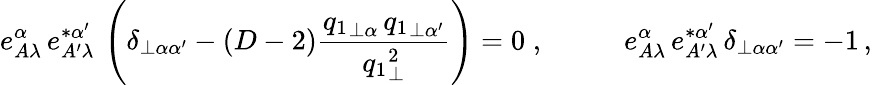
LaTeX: e_{A\lambda}^{\alpha}\, e_{A^{\prime}\lambda}^{*\alpha^{\prime}}\, \left(\delta_{\perp\alpha\alpha^{\prime}}-(D-2)\frac{{q_{1}}_{\perp\alpha}\, {q_{1}}_{\perp\alpha^{\prime}}}{{q_{1}}_{\perp}^{2}}\right)=0\; ,\; \; \; \; \; \; \; \; \; \; e_{A\lambda}^{\alpha}\, e_{A^{\prime}\lambda}^{*\alpha^{\prime}}\, \delta_{\perp\alpha\alpha^{\prime}}=-1\, ,